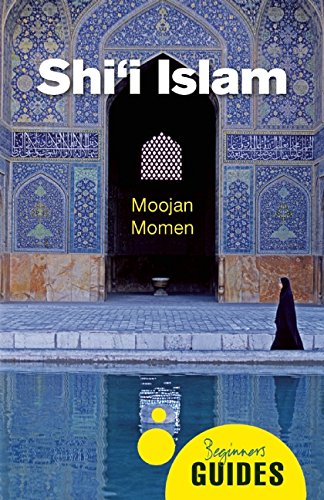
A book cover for Shi'I Islam: A Beginner's Guide (Beginner's Guides); Moojan Momen; Religion & Spirituality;